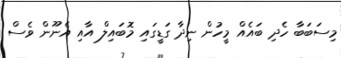
މިސަބަބާ ހެދި ބައެއް މީހުން ނިދާ ގަޑީގައި މޮބައިލް އާއި އެނޫން ވެސް